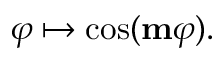
\varphi \mapsto \cos ( \mathbf { m } \varphi ) .